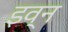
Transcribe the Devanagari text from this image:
इव्न